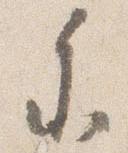
参